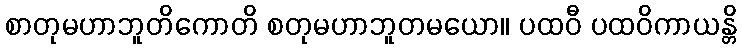
စာတုမဟာဘူတိကောတိ စတုမဟာဘူတမယော။ ပထဝီ ပထဝိကာယန္တိ